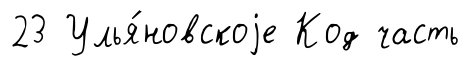
23 Улья́новскоjе Код часть